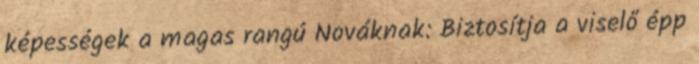
képességek a magas rangú Nováknak: Biztosítja a viselő épp